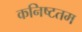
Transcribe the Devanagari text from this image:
कनिष्टतम